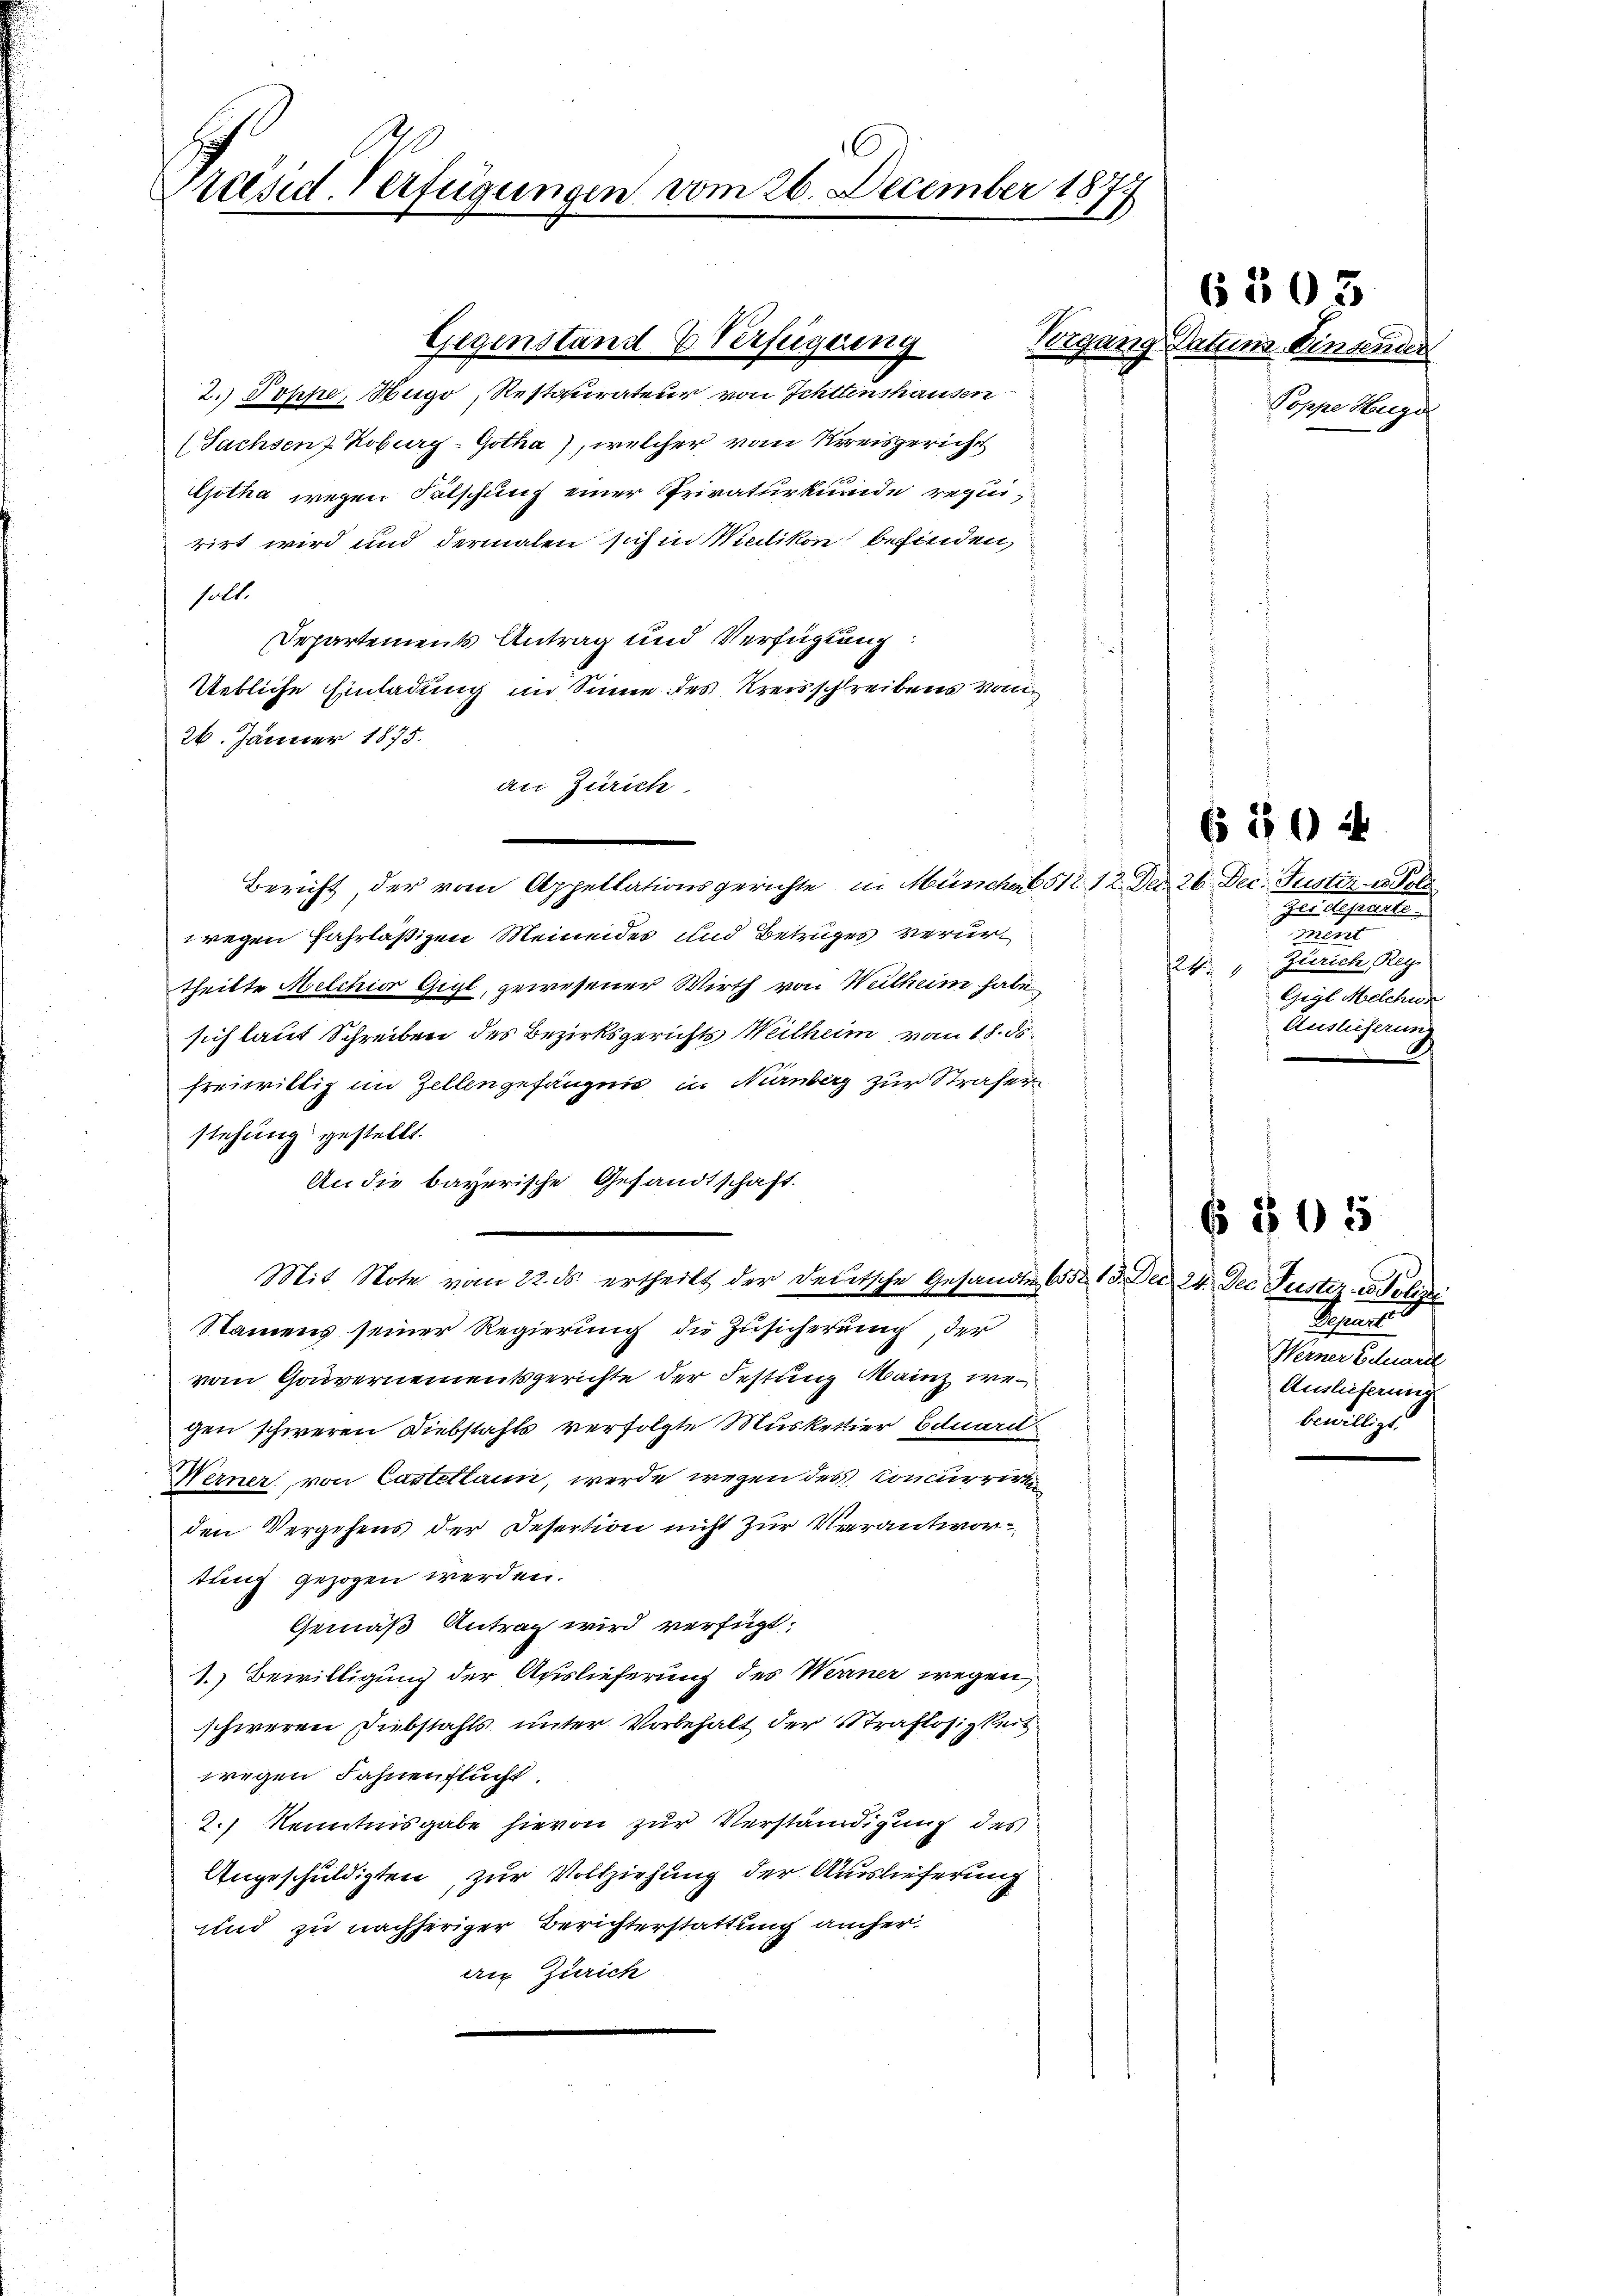
Präsid. Verfügungen vom 26. December 1877

Pelgung
Gegenstand & Verfügung

2.) Johse, Mego, Restaurateur von Schltenshausen
(Sachsen Koburg - Gotha, welcher vom Kreisgericht
Gotha wegen Fälschung einer Privaturkunde requirirt wird und dermalen sich in Mietikon befinden,
holt.
Departements Antrag und Verfügung:
Uebliche Einladung im Sinne des Kreisschreibens von
26. Jänner 1875.
an Zürich
wegen Fahrläßigen Meinendes und Betruges verurtheilte Melchior Gigl, gewesener Wirth von Weilheim habe
sich laut Schreiben des Bezirksgerichts Weilheim vom 18. ds.
freiwilliz im Zellengefängnis in Nürnberg zur Strafer
stehung gestellt.
An die bayerische Gesandtschaft.
Mit Note vom 22. ds. ertheilt der deutsche Gesandten 652. 13. Der 24. Dec. Justiz- & Polizei
Namens seiner Regierung die Zusicherung, der
vom Gouvernementsgerichte der Festung Mainz wer
gen schweren Diebstahls verfolgte Muskettier Eduard
Werner, von Castettann, werde wegen des Concurrirte
den Vergehens der Desertion nicht zur Verantwortung gezogen werden.
Gemäß Antrag wird verfügt:
1. Bewilligung der Auslieferung des Werner wegen,
schweren Diebstahls unter Vorbehalt der Straflosigkeit
wegen Fahnenflucht.
2.) Kenntnisgabe hievon zur Verständigung des
Angeschuldigten, zur Vollziehung der Auslieferung
und zu nachheriger Berichterstattung aucher
ein Zürich

Bericht, der vom Appellationsgerichte in Münches 512. 12. Der 26. Dec. Justiz

6505

Patum Einsender
Poppe Huge

§ 50 ff

Juni theile
mert
Zürich, Regi
24
Gigl Melchen
Auslieferung

Sinner
Werner Eduard
Auslieferung
bewilligt.

6 805